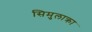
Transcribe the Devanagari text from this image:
सिमुलाक्रा